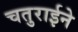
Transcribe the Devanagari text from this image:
चतुराईने